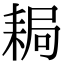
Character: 䎤